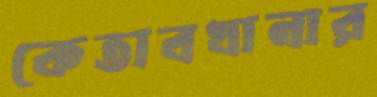
কেতাবখানার